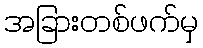
အခြားတစ်ဖက်မှ